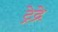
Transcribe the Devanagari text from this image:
ट्रेद्रे